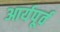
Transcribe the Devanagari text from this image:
आर्यपूर्व